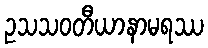
ဥသသဝတီယာနာမရဿ